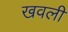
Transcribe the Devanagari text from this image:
खवली